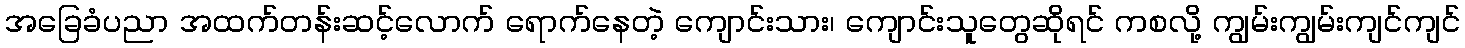
အခြေခံပညာ အထက်တန်းဆင့်လောက် ရောက်နေတဲ့ ကျောင်းသား၊ ကျောင်းသူတွေဆိုရင် ကစလို့ ကျွမ်းကျွမ်းကျင်ကျင်